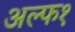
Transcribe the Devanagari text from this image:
अल्फ१